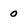
Character: 0